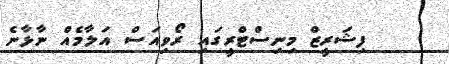
ފިޝަރީޒް މިނިސްޓްރީގައި ރޯވިއަސް އަލާމެއް ނާޅާނެ